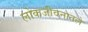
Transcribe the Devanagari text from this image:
लोकजीवनातले